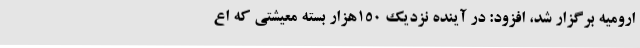
ارومیه برگزار شد، افزود: در آینده نزدیک 150هزار بسته معیشتی که اع